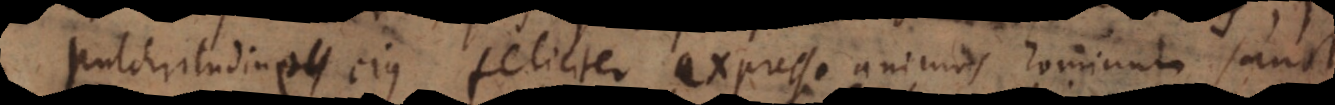
pulchritudine ejus feliciter expressa animos hominum sancto